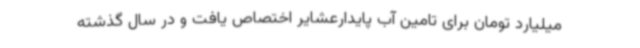
میلیارد تومان برای تامین آب پایدارعشایر اختصاص یافت و در سال گذشته